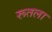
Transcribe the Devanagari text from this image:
रूतला